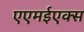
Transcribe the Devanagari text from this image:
एएमईएक्स